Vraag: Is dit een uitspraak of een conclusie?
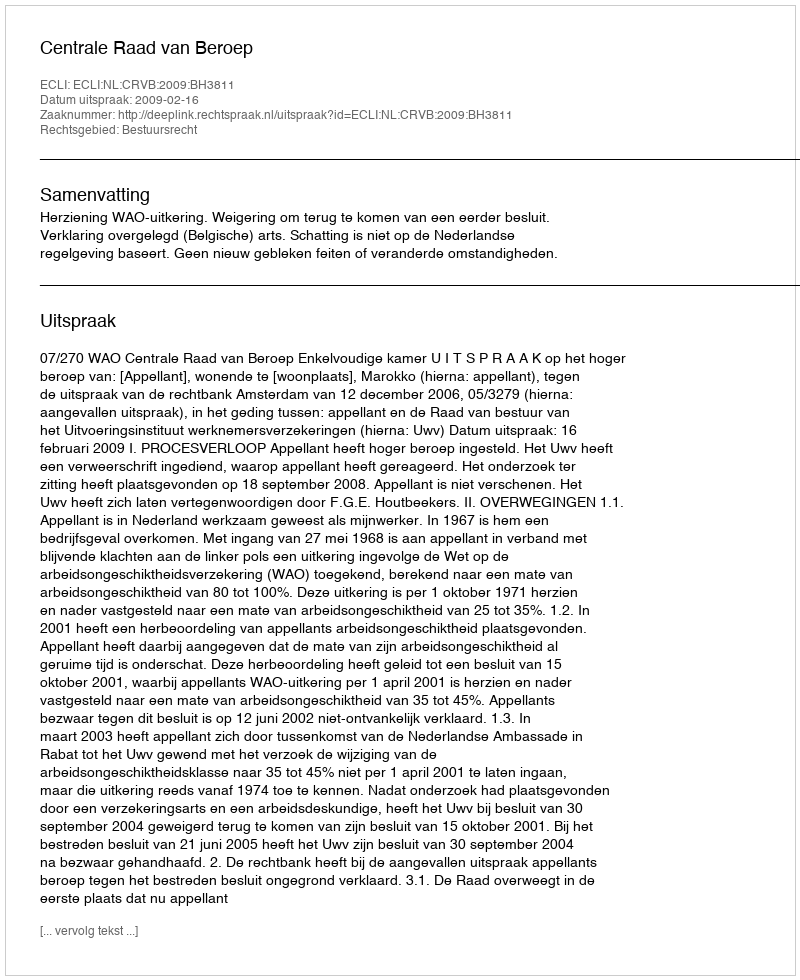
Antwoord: Uitspraak